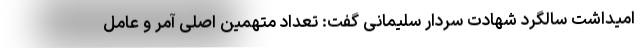
امیداشت سالگرد شهادت سردار سلیمانی گفت: تعداد متهمین اصلی آمر و عامل